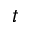
t